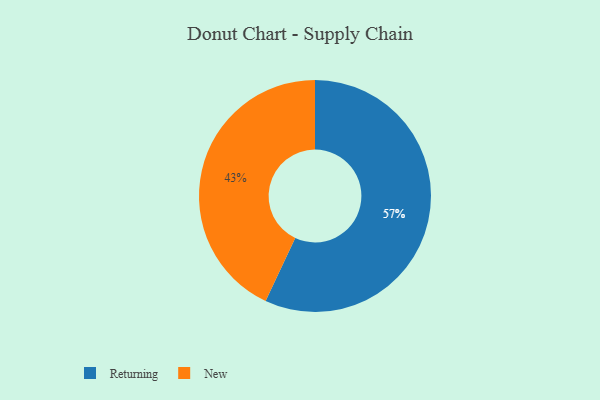
{"axis": {"x": "Category", "y": "Percentage"}, "legend": ["New", "Returning"], "data": [{"x": "New", "y": 43, "type": "New"}, {"x": "Returning", "y": 57, "type": "Returning"}]}